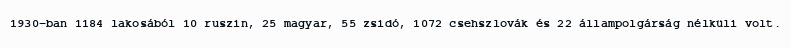
1930-ban 1184 lakosából 10 ruszin, 25 magyar, 55 zsidó, 1072 csehszlovák és 22 állampolgárság nélküli volt.